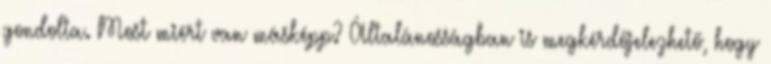
gondolta. Most miért van másképp? Általánosságban is megkérdőjelezhető, hogy